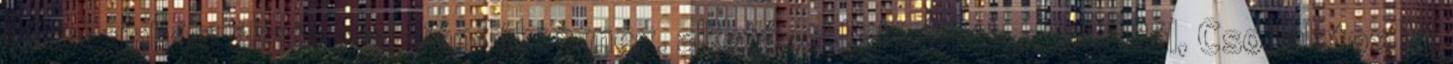
táncszínházi élménnyel ajándékoz meg. alkotásokkal jelentkezett, Bál, Csodálatos M,